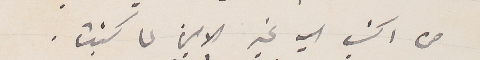
من اكتب اليه غير الامين لما كتبت.